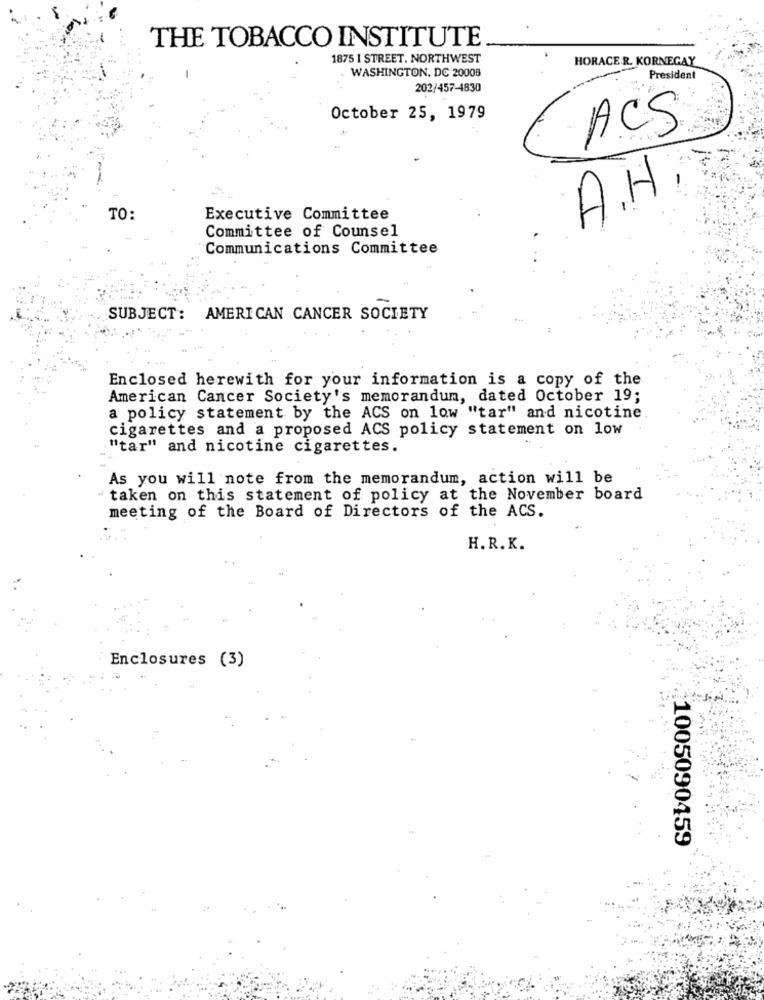
THE TOBACCO INSTITUTE
1875 1 STREET, NORTHWEST
HORACE R. KORNEGAY
WASHINGTON, DC 20008
President
202/457-4830
October 25, 1979
ACS
A.H
TO:
Executive Committee
Committee of Counsel
Communications Committee
SUBJECT:
AMERICAN CANCER SOCIETY
Enclosed herewith for your information is a copy of the
American Cancer Society's memorandum, dated October 19;
a policy statement by the ACS on low "tar" and nicotine
cigarettes and a proposed ACS policy statement on low
"tar" and nicotine cigarettes.
As you will note from the memorandum, action will be
" taken on this statement of policy at the November board
meeting of the Board of Directors of the ACS.
H.R. K.
Enclosures (3)
1005090459